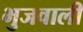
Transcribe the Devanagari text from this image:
भुजवाली